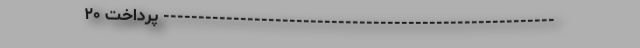
-------------------------------------------------------- پرداخت ۲۰